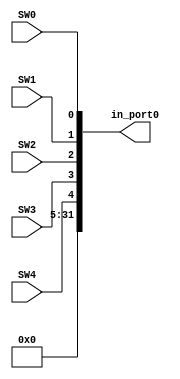
module in_port(SW4,SW3,SW2,SW1,SW0,in_port0);
	input SW4,SW3,SW2,SW1,SW0;
	output [31:0] in_port0;
	assign in_port0={27'b0,SW4,SW3,SW2,SW1,SW0};
endmodule